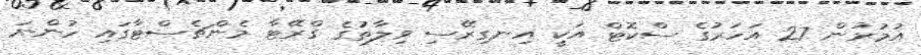
އުމުރުން 27 އަހަރުގެ ސްކޮޓް އަކީ އިނގިރޭސި ވިލާތުގެ ގްރޭޓާ މެންޗެސްޓާގައި ހުންނަ